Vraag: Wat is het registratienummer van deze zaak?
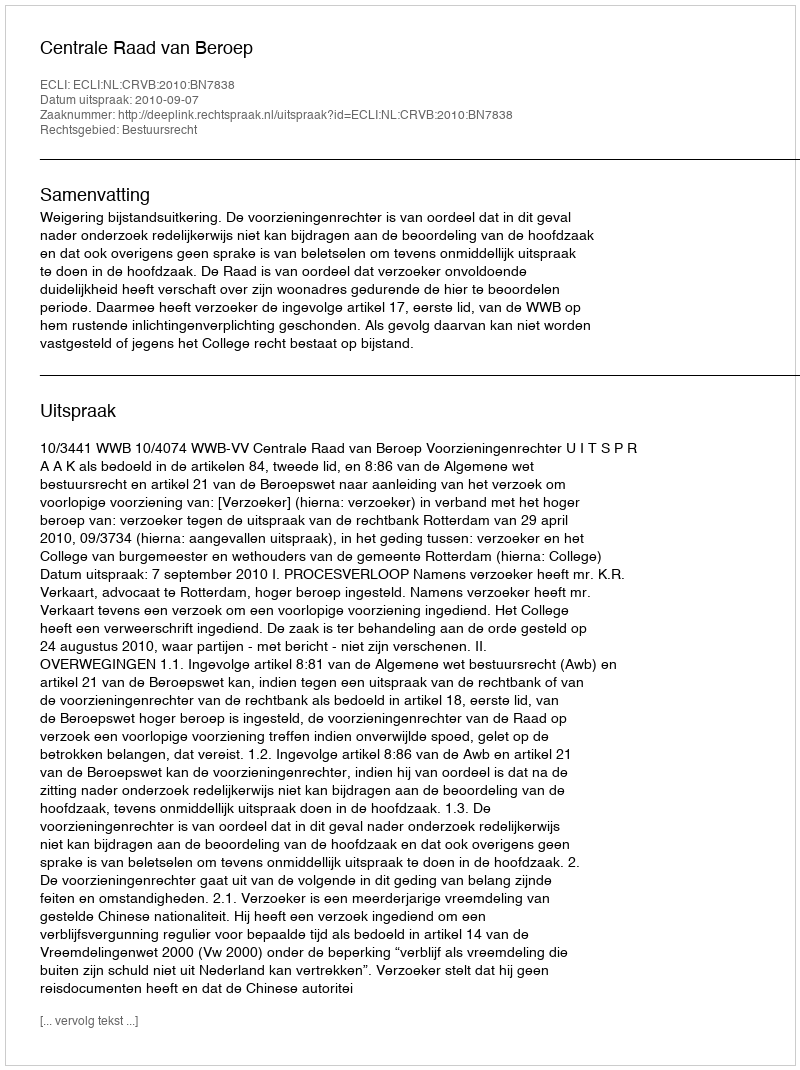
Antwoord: http://deeplink.rechtspraak.nl/uitspraak?id=ECLI:NL:CRVB:2010:BN7838